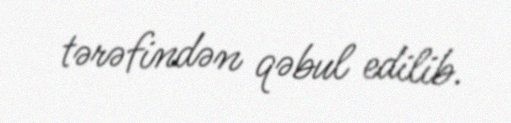
tərəfindən qəbul edilib.